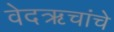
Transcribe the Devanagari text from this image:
वेदऋचांचे